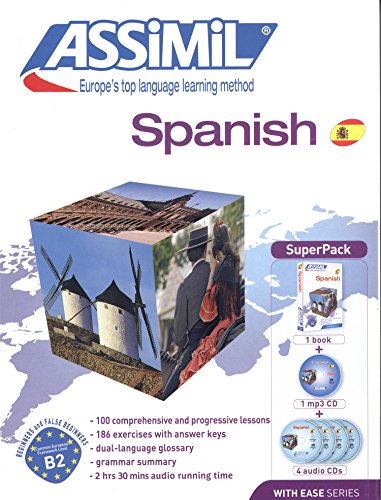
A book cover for Assimil Spanish with Ease SUPERPACK [ Book + 4 audio CDs + 1 CD mp3 ] (Spanish Edition); Assimil; Reference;